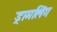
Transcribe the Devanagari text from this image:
ड्रामलिंग